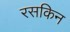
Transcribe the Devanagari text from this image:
रसकिन